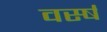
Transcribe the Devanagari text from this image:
वर्स्ष